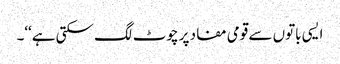
ایسی باتوں سے قومی مفاد پر چوٹ لگ سکتی ہے‘‘۔